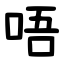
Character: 唔